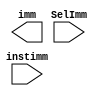
module imm_gen(
    input  wire [31:7]  instimm,
    input  wire [2 :0]  SelImm,
    
    output wire [31:0]  imm
);

// I-types: SelImm
parameter I_  = 3'b000;
parameter IU_ = 3'b001;
parameter S_  = 3'b010;
parameter B_  = 3'b011;
parameter U_  = 3'b100;
parameter J_  = 3'b101;





endmodule